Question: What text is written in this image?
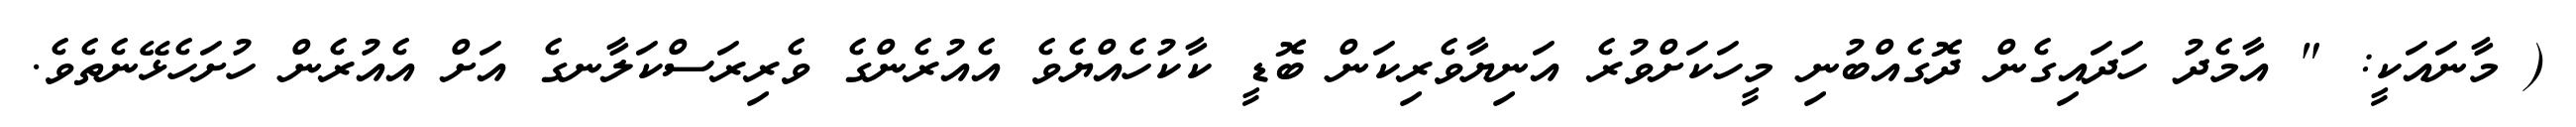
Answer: ( މާނައަކީ: " އާމެދު ހަދައިގެން ދޮގެއްބުނި މީހަކަށްވުރެ އަނިޔާވެރިކަން ބޮޑީ ކާކުހެއްޔެވެ އެއުރެންގެ ވެރިރަސްކަލާނގެ އަށް އެއުރެން ހުށަހެޅޭނެތެވެ.